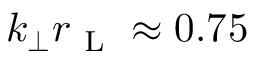
k _ { \perp } r _ { \mathrm { ~ L ~ } } \approx 0 . 7 5